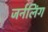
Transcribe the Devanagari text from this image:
जर्नलिंग